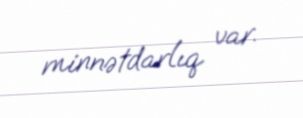
minnətdarlıq var.